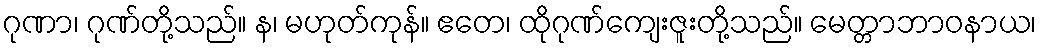
ဂုဏာ၊ ဂုဏ်တို့သည်။ န၊ မဟုတ်ကုန်။ ဧတေ၊ ထိုဂုဏ်ကျေးဇူးတို့သည်။ မေတ္တာဘာဝနာယ၊